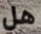
هل